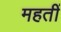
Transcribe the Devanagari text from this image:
महतीं